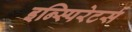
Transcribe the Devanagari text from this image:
इन्स्पिरेटर्स